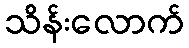
သိန်းလောက်